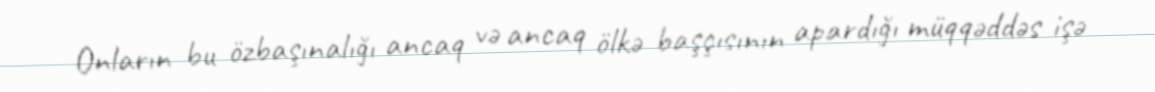
Onların bu özbaşınalığı ancaq və ancaq ölkə başçısının apardığı müqqəddəs işə